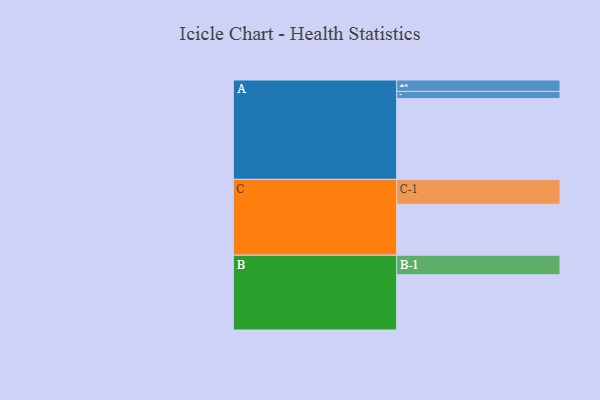
{"axis": {"x": "Segment", "y": "Value"}, "legend": ["", "A", "B", "C"], "data": [{"x": "A", "y": 596, "type": ""}, {"x": "B", "y": 407, "type": ""}, {"x": "C", "y": 376, "type": ""}, {"x": "A-1", "y": 84, "type": "A"}, {"x": "A-2", "y": 52, "type": "A"}, {"x": "B-1", "y": 144, "type": "B"}, {"x": "C-1", "y": 183, "type": "C"}]}